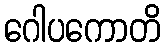
ဂေါပကောတိ